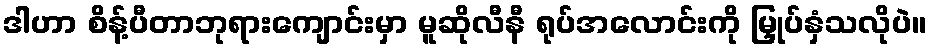
ဒါဟာ စိန့်ပီတာဘုရားကျောင်းမှာ မူဆိုလီနီ ရုပ်အလောင်းကို မြှုပ်နှံသလိုပဲ။